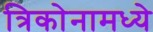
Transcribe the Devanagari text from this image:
त्रिकोनामध्ये